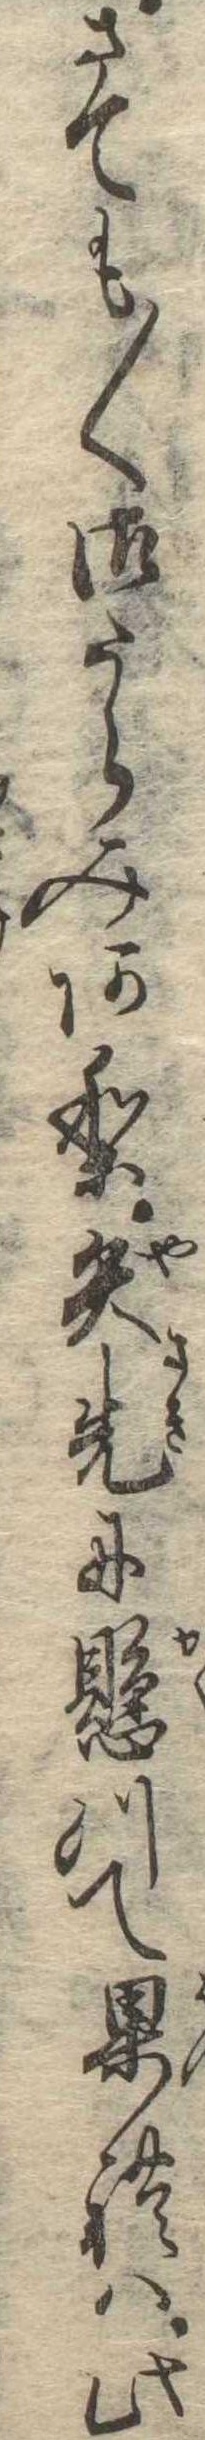
さても〱御うらみあり矢先に懸つて果れは此